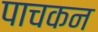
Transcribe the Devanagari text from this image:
पाचकन